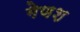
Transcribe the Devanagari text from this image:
गेणश